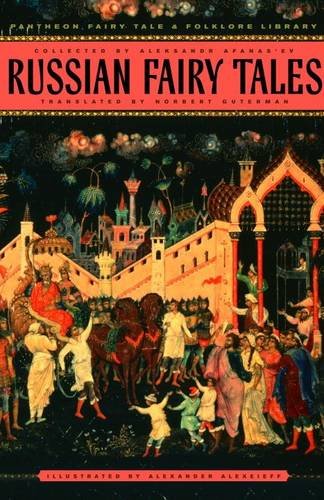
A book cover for Russian Fairy Tales (The Pantheon Fairy Tale and Folklore Library); Literature & Fiction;